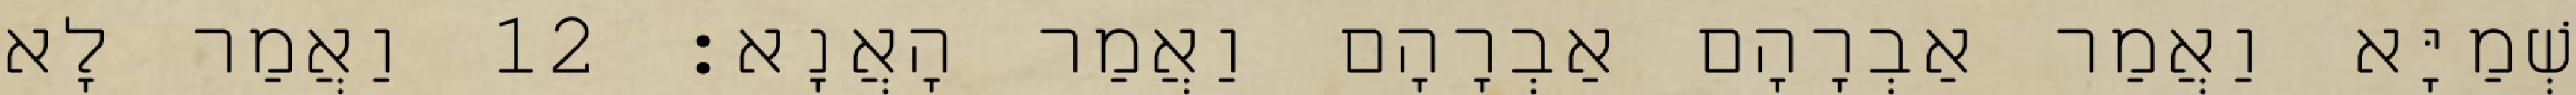
שְׁמַיָּא וַאֲמַר אַבְרָהָם אַבְרָהָם וַאֲמַר הָאֲנָא׃ 12 וַאֲמַר לָא